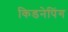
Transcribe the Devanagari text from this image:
किडनेपिंग